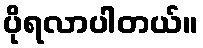
ပိုရလာပါတယ်။